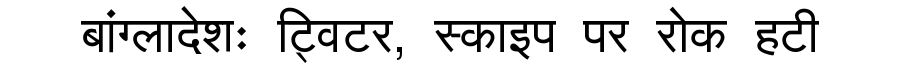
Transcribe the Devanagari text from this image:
बांग्लादेशः ट्विटर, स्काइप पर रोक हटी